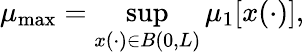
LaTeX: \mu_{\mathrm{max}}=\operatorname*{sup}_{x(\cdot)\in B(0,L)}\mu_{1}\lbrack x(\cdot)\rbrack,